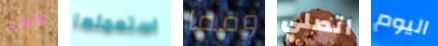
ظهر استعملها ومما اتصلي اليوم